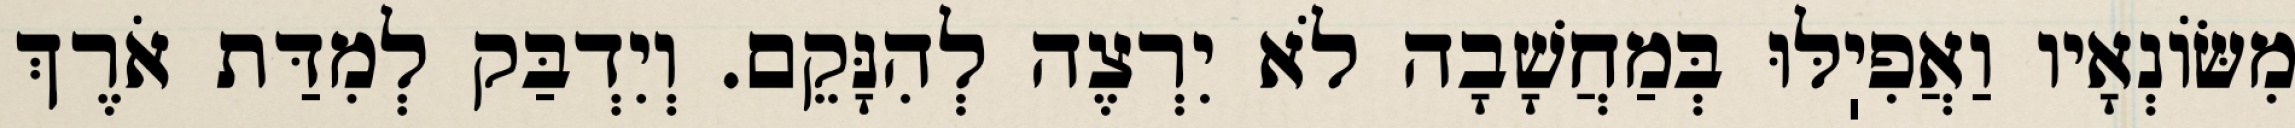
מִשּׂוֹנְאָיו וַאֲפִיֽלּוּ בְּמַחֲשָׁבָה לֹא יִרְצֶה לְהִנָּקֵם. וְיִדְבַּק לְמִדַּת אֹרֶךְ